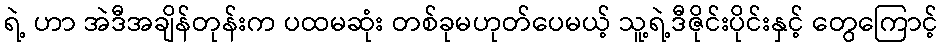
ရဲ့ ဟာ အဲဒီအချိန်တုန်းက ပထမဆုံး တစ်ခုမဟုတ်ပေမယ့် သူ့ရဲ့ဒီဇိုင်းပိုင်းနှင့် တွေကြောင့်